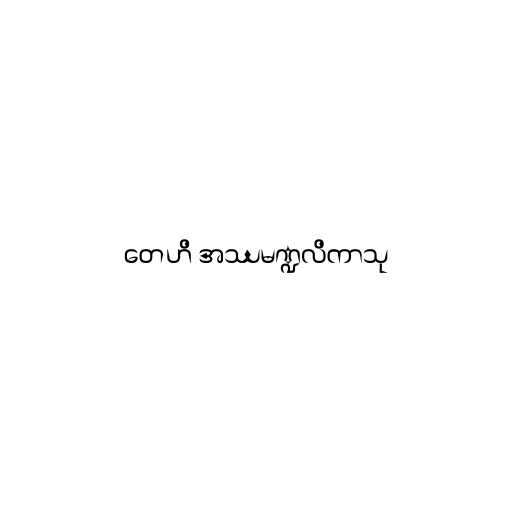
တေဟိ အဿမဏ္ဍလိကာသု